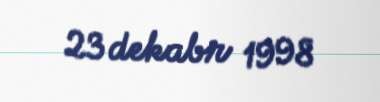
23 dekabr 1998